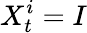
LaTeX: X_{t}^{i}=I